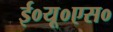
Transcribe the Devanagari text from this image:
ई०यू०एस०